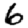
Digit: 6